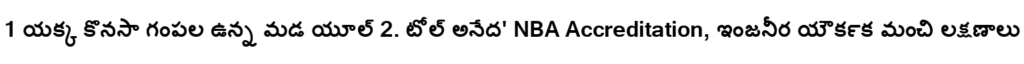
1 యక్క కొనసా గంపల ఉన్న మడ యూల్ 2. టోల్ అనేద' NBA Accreditation, ఇంజనీర యౌక౯క మంచి లక్షణాలు